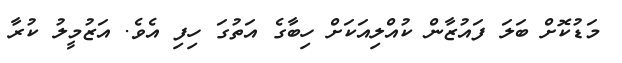
މަޑުކޮށް ބަލަ ފައުޒާން ކުއްލިއަކަށް ހިބާގެ އަތުގަ ހިފި އެވެ. އަޒުމީލު ކުރާ